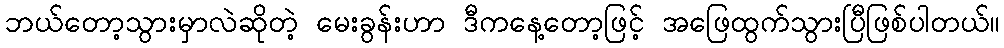
ဘယ်တော့သွားမှာလဲဆိုတဲ့ မေးခွန်းဟာ ဒီကနေ့တော့ဖြင့် အဖြေထွက်သွားပြီဖြစ်ပါတယ်။